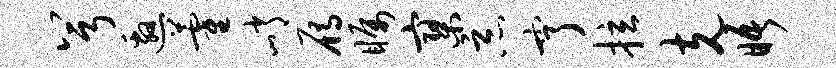
兮邀藿峭雁瞩寥恶亨拉克晤